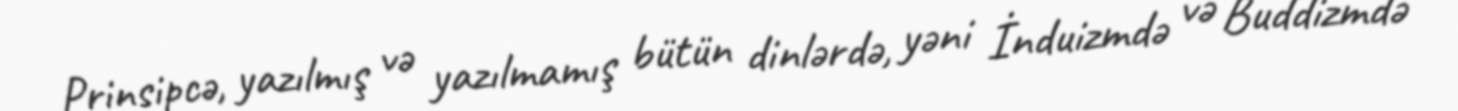
Prinsipcə, yazılmış və yazılmamış bütün dinlərdə, yəni İnduizmdə və Buddizmdə